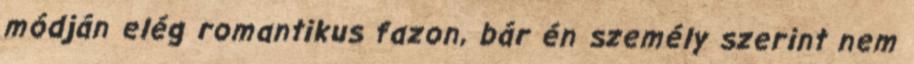
módján elég romantikus fazon, bár én személy szerint nem